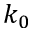
k _ { 0 }